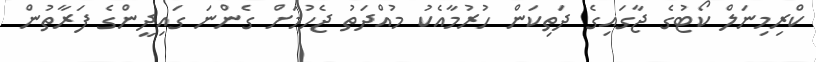
ކްރިމިނަލް ކޯޓުގެ ޖާގައިގެ ދަތިކަން ހުރުމާއެކު މުއްދަތު ޖެހުމަށް ގެންނަ ގައިދީންގެ ފަރާތުން